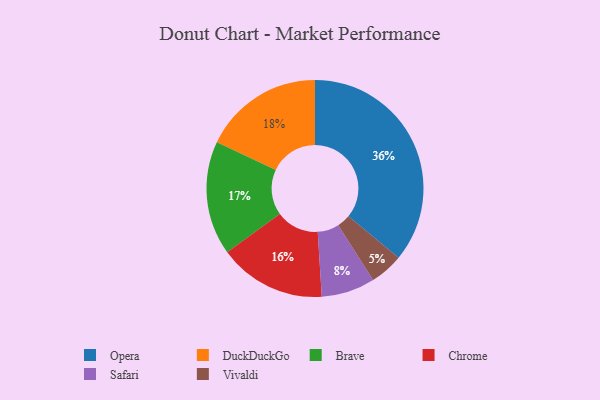
{"axis": {"x": "Category", "y": "Percentage"}, "legend": ["Brave", "Chrome", "DuckDuckGo", "Opera", "Safari", "Vivaldi"], "data": [{"x": "Chrome", "y": 16, "type": "Chrome"}, {"x": "Brave", "y": 17, "type": "Brave"}, {"x": "Opera", "y": 36, "type": "Opera"}, {"x": "DuckDuckGo", "y": 18, "type": "DuckDuckGo"}, {"x": "Vivaldi", "y": 5, "type": "Vivaldi"}, {"x": "Safari", "y": 8, "type": "Safari"}]}